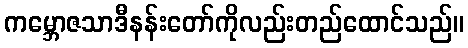
ကမ္ဘောဇသာဒီနန်းတော်ကိုလည်းတည်ထောင်သည်။